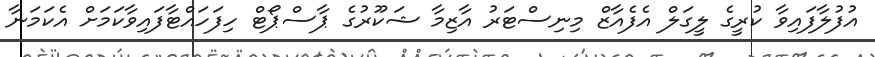
އުފުލާފައިވާ ކުރީގެ ލީގަލް އެފެއާޒް މިނިސްޓަރު އާޒިމާ ޝަކޫރުގެ ޕާސްޕޯޓް ހިފަހައްޓާފައިވާކަމަށް އެކަމަނާ